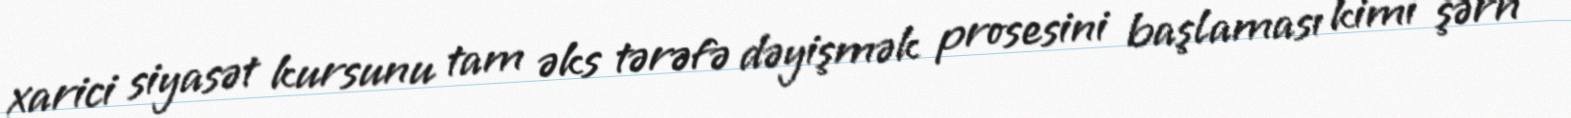
xarici siyasət kursunu tam əks tərəfə dəyişmək prosesini başlaması kimi şərh